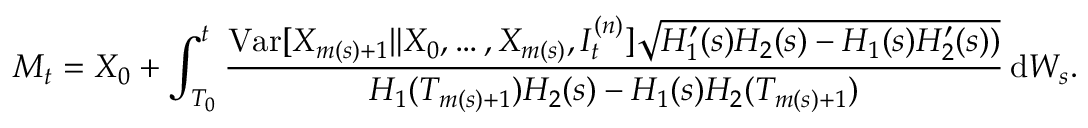
M _ { t } = X _ { 0 } + \int _ { T _ { 0 } } ^ { t } \frac { \mathrm { V a r } [ X _ { m ( s ) + 1 } \| X _ { 0 } , \ldots , X _ { m ( s ) } , I _ { t } ^ { ( n ) } ] \sqrt { H _ { 1 } ^ { \prime } ( s ) H _ { 2 } ( s ) - H _ { 1 } ( s ) H _ { 2 } ^ { \prime } ( s ) ) } } { H _ { 1 } ( T _ { m ( s ) + 1 } ) H _ { 2 } ( s ) - H _ { 1 } ( s ) H _ { 2 } ( T _ { m ( s ) + 1 } ) } \, \mathrm { d } W _ { s } .